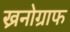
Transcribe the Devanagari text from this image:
ख्रनोग्राफ